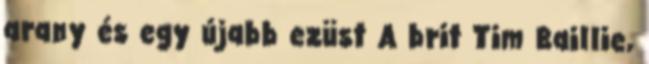
arany és egy újabb ezüst A brit Tim Baillie,